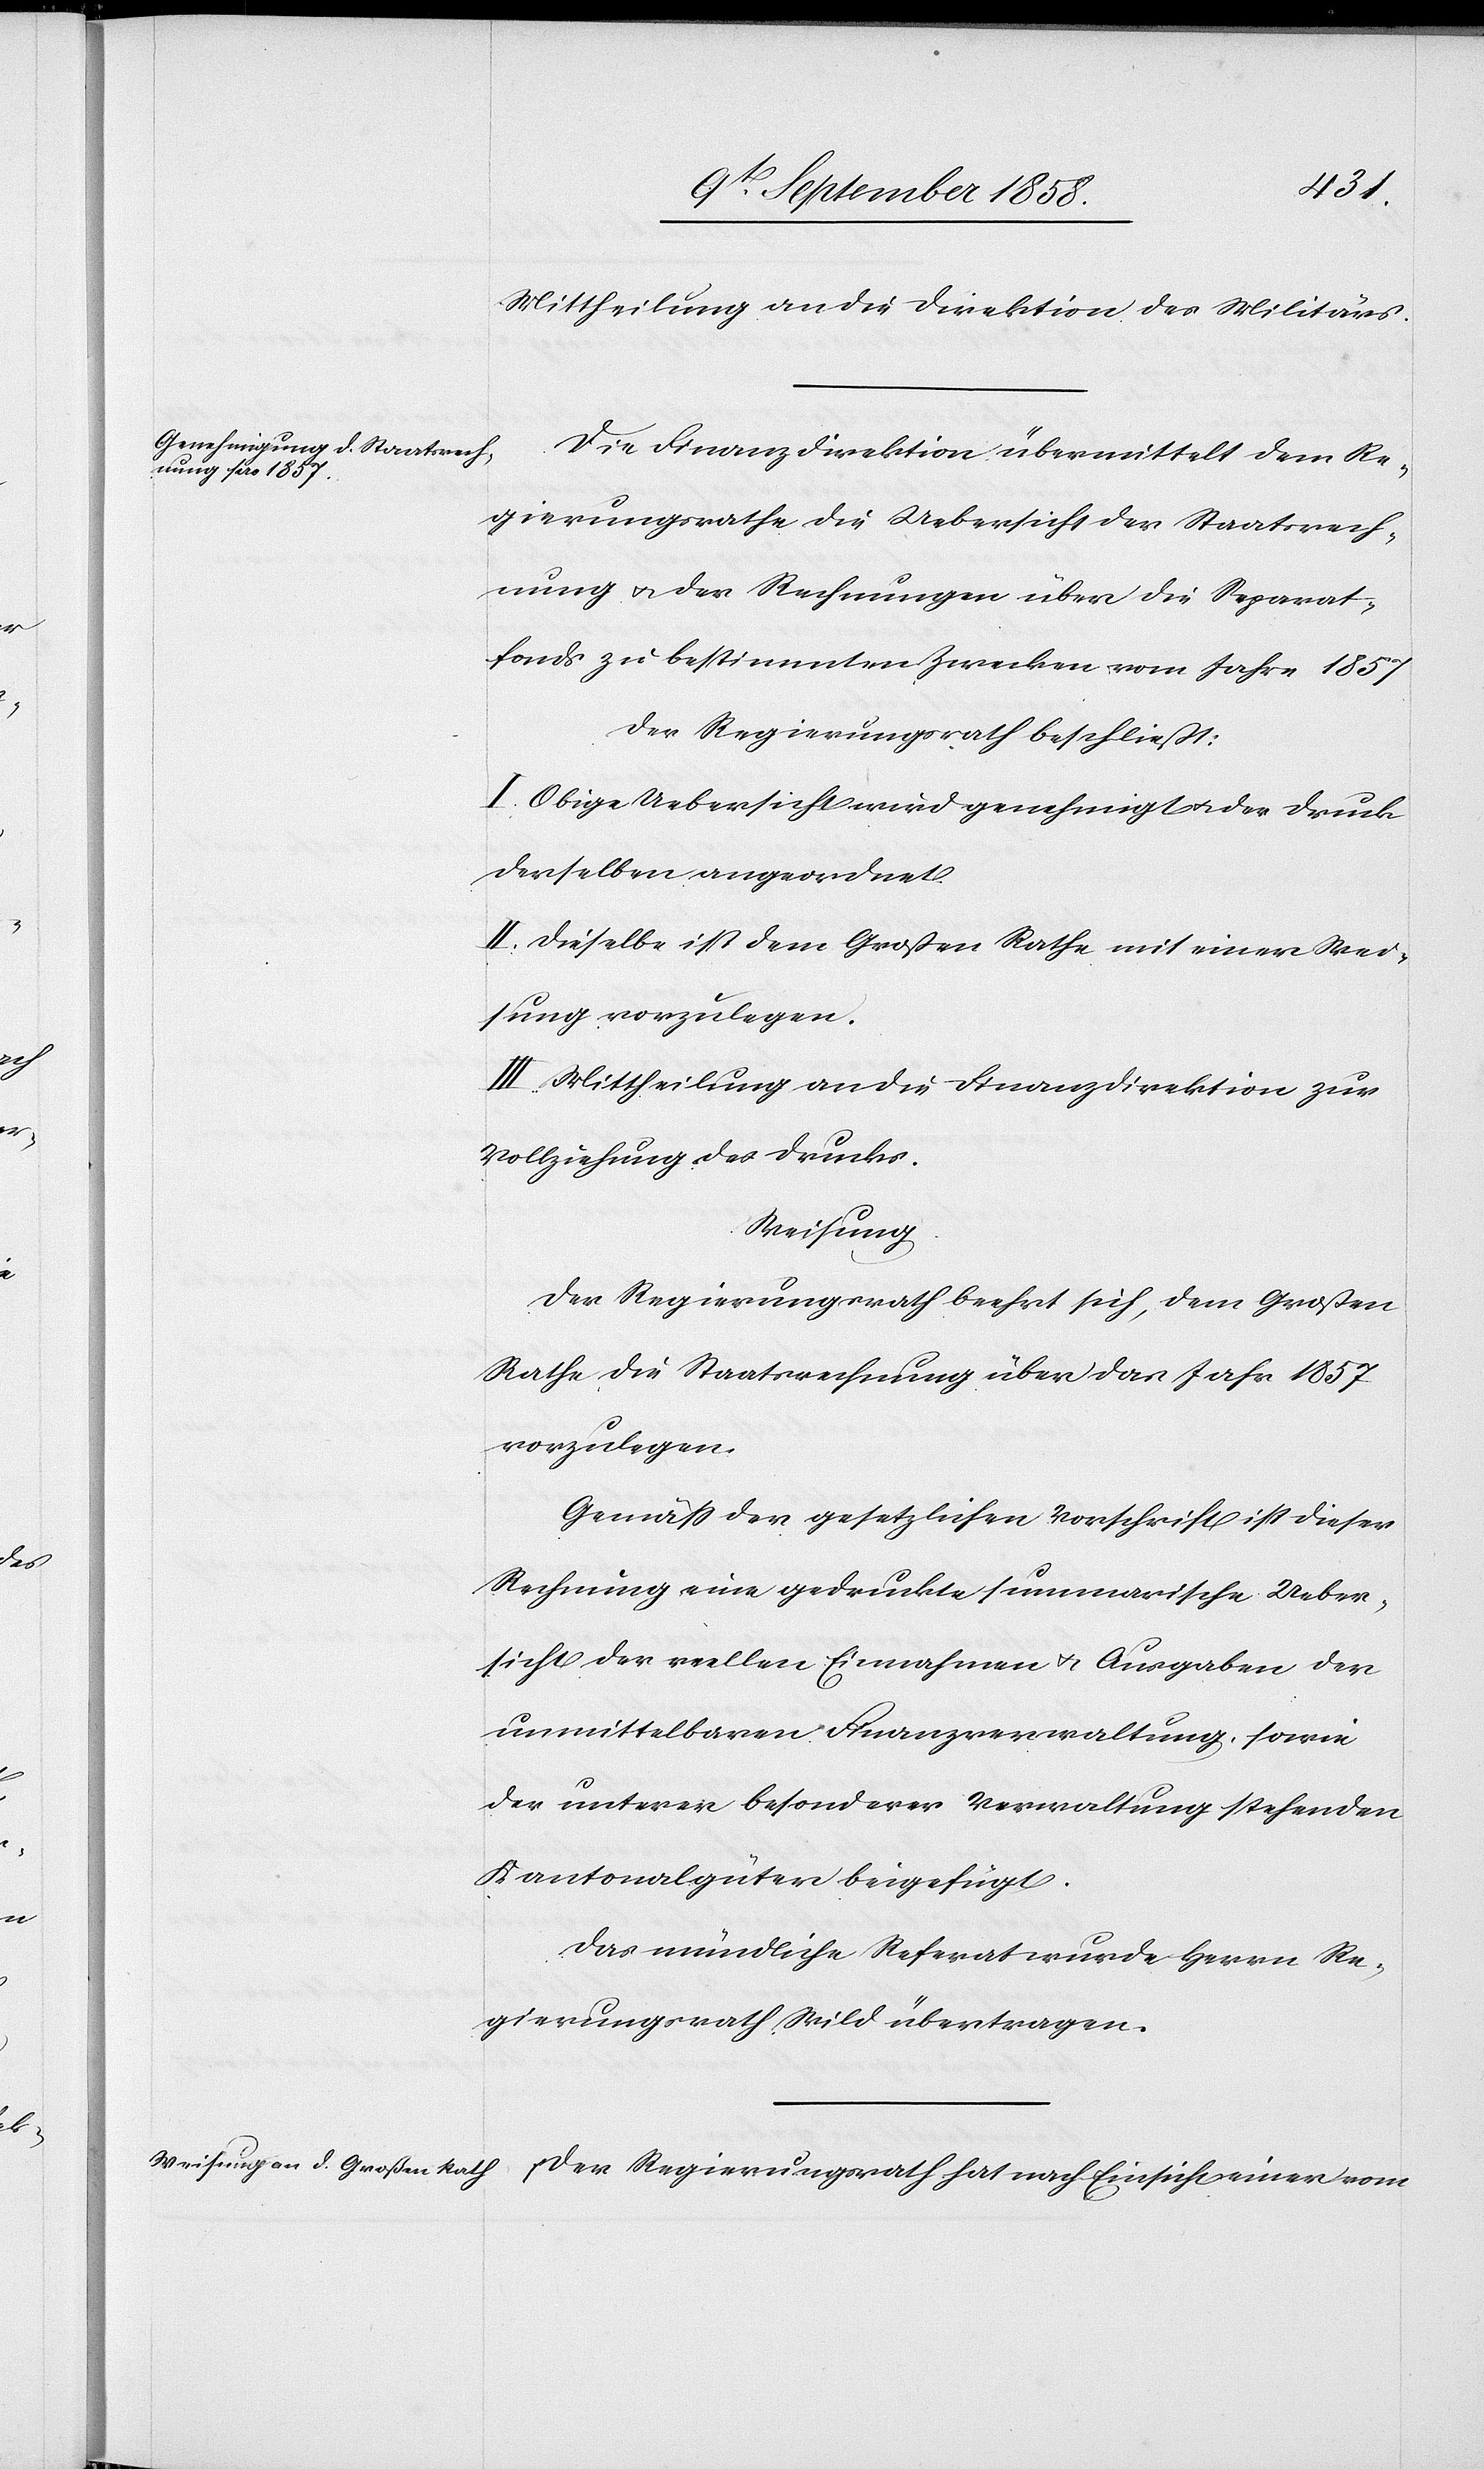
Mittheilung an die Direktion des Militärs.
Die Finanzdirektion übermittelt dem Re¬
gierungsrathe die Uebersicht der Staatsrech¬
nung & der Rechnungen über die Separat¬
fonds zu bestimmten Zwecken vom Jahre 1857
Der Regierungsrath beschließt:
I. Obige Uebersicht wird genehmigt & der Druck
derselben angeordnet.
II. Dieselbe ist dem Großen Rathe mit einer Wei¬
sung vorzulegen.
III. Mittheilung an die Finanzdirektion zur
Vollziehung des Drucks.
Weisung.
Der Regierungsrath beehrt sich, dem Großen
Rathe die Staatsrechnung über das Jahr 1857
vorzulegen.
Gemäss der gesetzlichen Vorschrift ist dieser
Rechnung eine gedruckte summarische Ueber¬
sicht der reellen Einnahmen & Ausgaben der
unmittelbaren Finanzverwaltung, sowie
der unterer [sic!] besonderer Verwaltung stehenden
Kantonalgüter beigefügt.
Das mündliche Referat wurde Herrn Re¬
gierungsrath Wild übertragen.
Der Regierungsrath hat nach Einsicht einer vom